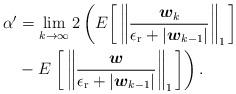
LaTeX: \begin{align*} \alpha^\prime &= \lim_{k\to\infty} 2 \left(E \bigg[ \left\| \frac{\boldsymbol{w}_k} {\epsilon_{\rm r} + |\boldsymbol{w}_{k-1} |} \right\|_{1} \bigg] \right. \\&- E \left. \bigg[ \left\|\frac{\boldsymbol{w}} {\epsilon_{\rm r} + | \boldsymbol{w}_{k-1}|} \right\|_{1} \bigg] \right) .\end{align*}